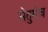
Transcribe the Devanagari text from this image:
सेतुमंच